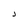
Character: J